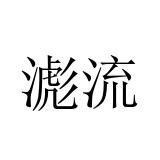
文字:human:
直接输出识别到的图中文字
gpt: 滮流